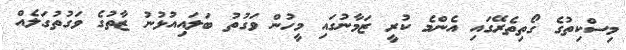
މިސްކިތުގެ ގޯތިތެރޭގައި އެންމެ ކުރީ ޒަމާނުގައި މީހުން ވަގުތު ބަލައިއުޅުނު ޒާތުގެ ވަގުތުގަލެއް